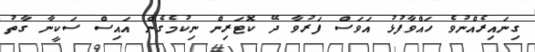
ގިނައިރެއްނުވެ ހައްވާފުޅު އަވަސް ފަރުވާ ދޭ ކޮޓަރިން ނިކުމެގެން އައިސް ސަކީނާ ގާތު